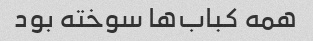
همه کباب‌ها سوخته بود